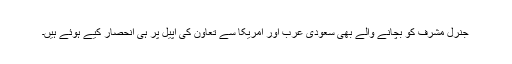
جنرل مشرف کو بچانے والے بھی سعودی عرب اور امریکا سے تعاون کی اپیل پر ہی انحصار کیے ہوئے ہیں۔